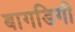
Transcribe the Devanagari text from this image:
बागडिगी